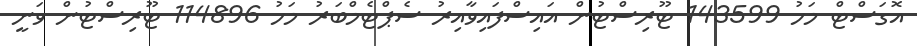
އޮގަސްޓް މަހު 143599 ޓޫރިސްޓުން އައިސްފައިވާއިރު ސެޕްޓެމްބަރު މަހު 114896 ޓޫރިސްޓުން ވަނީ